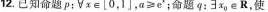
12.已知命题 p：\forall x \in [0，1]，$$a ≥ e^ { & }$$；命题：q： \exists x_{ 0 } \in R，使